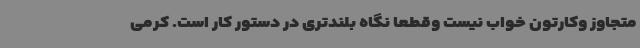
متجاوز وکارتون خواب نیست وقطعا نگاه بلندتری در دستور کار است. کرمی